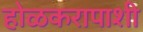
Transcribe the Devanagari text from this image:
होळकरापाशी